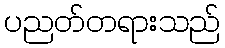
ပညတ်တရားသည်